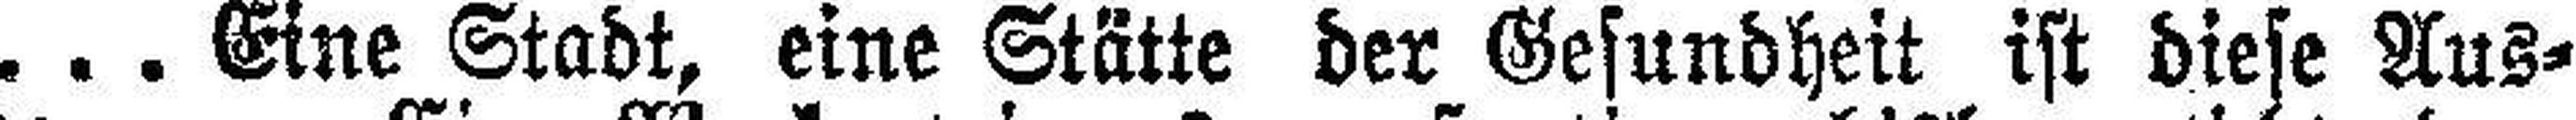
. . . Eine Stadt, eine Stätte der Gesundheit ist diese Aus¬